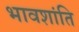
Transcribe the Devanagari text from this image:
भावशांति